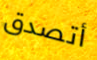
أتصدق